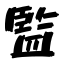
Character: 監